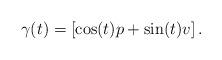
LaTeX: \begin{align*} \gamma(t)=[\cos(t)p+\sin(t)v]\,.\end{align*}